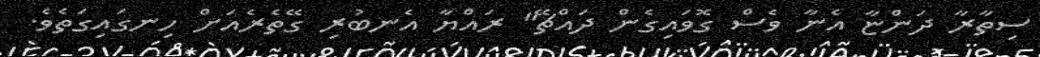
ސިތާރާ ދަންޏާ އެނާ ވެސް ގޮވައިގެން ދައްޗޭ" ރައްޔާ އެނބުރި ގޭތެރެއަށް ހިނގައިގަތެވެ.